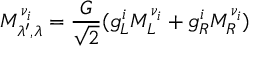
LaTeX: M _ { \lambda ^ { \prime } , \lambda } ^ { \nu _ { i } } = \frac { \displaystyle { G } } { \displaystyle { \sqrt { 2 } } } ( g _ { L } ^ { i } M _ { L } ^ { \nu _ { i } } + g _ { R } ^ { i } M _ { R } ^ { \nu _ { i } } )